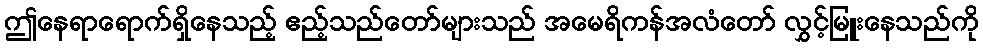
ဤနေရာရောက်ရှိနေသည့် ဧည့်သည်တော်များသည် အမေရိကန်အလံတော် လွှင့်မြူးနေသည်ကို